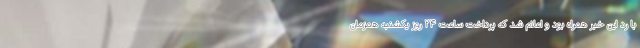
با رد این خبر همراه بود و اعلام شد که پرداخت ساعت ۲۴ روز یکشنبه همزمان